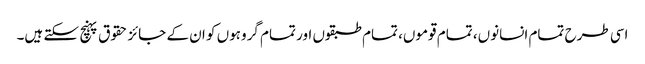
اسی طرح تمام انسانوں، تمام قوموں، تمام طبقوں اور تمام گروہوں کو ان کے جائز حقوق پہنچ سکتے ہیں۔